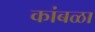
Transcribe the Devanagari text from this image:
कांबळा